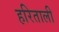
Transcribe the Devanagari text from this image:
हरिताली